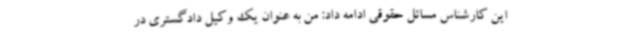
این کارشناس مسائل حقوقی ادامه داد: من به عنوان یک وکیل دادگستری در